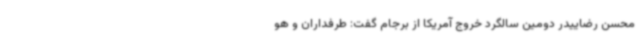
محسن رضاییدر دومین سالگرد خروج آمریکا از برجام گفت: طرفداران و هو